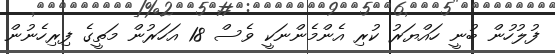
ފުލުހުން ބުނީ ހައްޔަރު ކުރި އެންމެންނަކީ ވެސް 18 އަހަރުން މަތީގެ ފިރިހެނުން